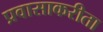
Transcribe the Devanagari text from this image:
प्रवासाकरीता